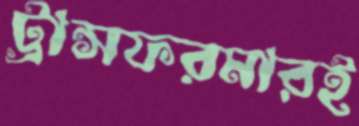
ট্রান্সফরমারই